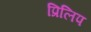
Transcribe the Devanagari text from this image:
प्रिलिप